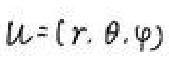
\(u=(r,\theta,\varphi)\)